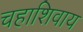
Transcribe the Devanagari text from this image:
चहाशिवाय